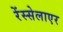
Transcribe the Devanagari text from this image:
रेंस्सेलाएर